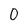
Character: 0